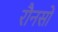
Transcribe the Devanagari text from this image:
रौनसों